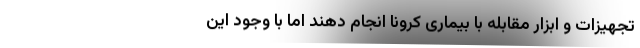
تجهیزات و ابزار مقابله با بیماری کرونا انجام دهند اما با وجود این